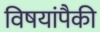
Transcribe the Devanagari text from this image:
विषयांपैकी